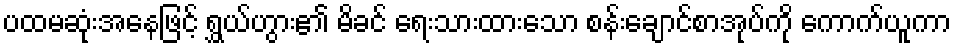
ပထမဆုံးအနေဖြင့် ရွှယ်ဟွား၏ မိခင် ရေးသားထားသော စန်းချောင်စာအုပ်ကို ကောက်ယူကာ